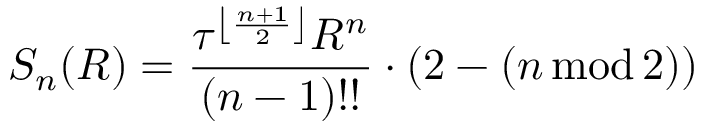
S _ { n } ( R ) = { \frac { \tau ^ { \left\lfloor { \frac { n + 1 } { 2 } } \right\rfloor } R ^ { n } } { ( n - 1 ) ! ! } } \cdot ( 2 - ( n \operatorname { m o d } 2 ) )